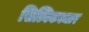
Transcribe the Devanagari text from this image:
सिल्विकल्चार